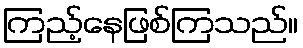
ကြည့်နေဖြစ်ကြသည်။